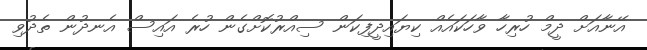
އޭނާއަށް ދީމް ހުރިހާ ވާހަކައެއް ކިޔައިދީފިކަން ސިއްރުކޮށްގެން ހުރެ އައިސް އެނދުން ތެދުވި